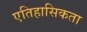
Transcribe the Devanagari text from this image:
एतिहासिकता